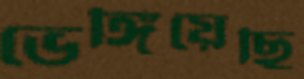
ভেঙ্গিয়েছি